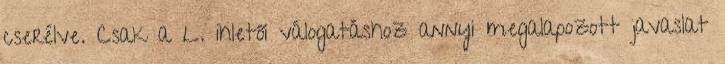
cserélve. Csak a L. ihletői válogatáshoz annyi megalapozott javaslat